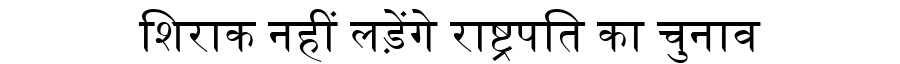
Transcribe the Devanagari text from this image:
शिराक नहीं लड़ेंगे राष्ट्रपति का चुनाव